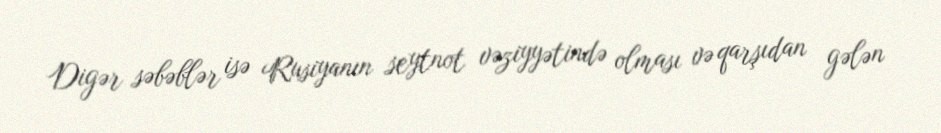
Digər səbəblər isə Rusiyanın seytnot vəziyyətində olması və qarşıdan gələn